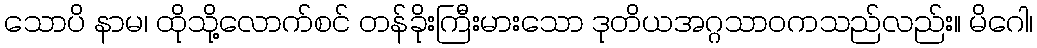
သောပိ နာမ၊ ထိုသို့လောက်စင် တန်ခိုးကြီးမားသော ဒုတိယအဂ္ဂသာဝကသည်လည်း။ မိဂေါ၊